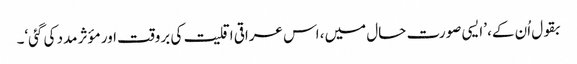
بقول اُن کے، ’ایسی صورت حال میں، اس عراقی اقلیت کی بروقت اور مؤثر مدد کی گئی‘۔